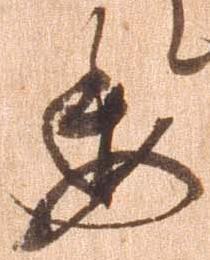
委